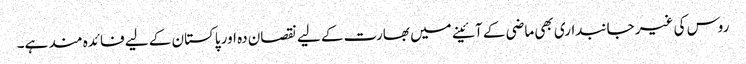
روس کی غیر جانبداری بھی ماضی کے آئینے میں بھارت کے لیے نقصان دہ اور پاکستان کے لیے فائدہ مند ہے۔